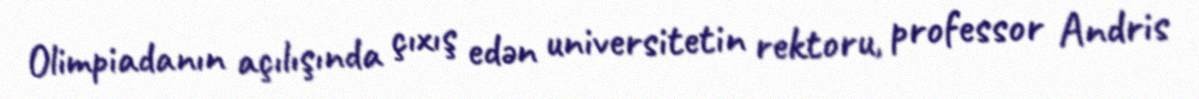
Olimpiadanın açılışında çıxış edən universitetin rektoru, professor Andris